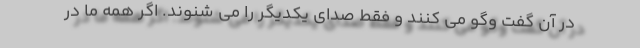
در آن گفت وگو می کنند و فقط صدای یکدیگر را می شنوند. اگر همه ما در